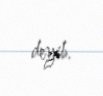
deyib.